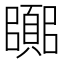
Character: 𮨘